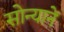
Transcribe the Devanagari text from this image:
सोन्यानें